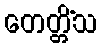
တေတ္တိံသ